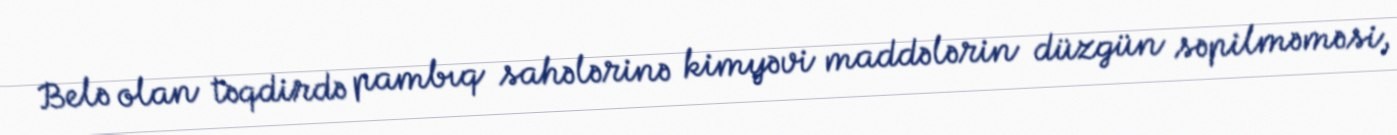
Belə olan təqdirdə pambıq sahələrinə kimyəvi maddələrin düzgün səpilməməsi,